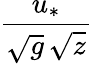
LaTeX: \frac{u_{*}}{\sqrt{g}\, \sqrt{z}}